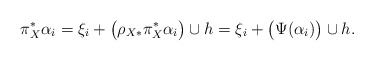
\begin{align*}\pi_{X}^* \alpha_i=\xi_i+\big(\rho_{X*}\pi_{X}^* \alpha_i\big)\cup h=\xi_i+\big(\Psi(\alpha_i)\big)\cup h.\end{align*}